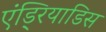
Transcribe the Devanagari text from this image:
एंड्रियाडिस